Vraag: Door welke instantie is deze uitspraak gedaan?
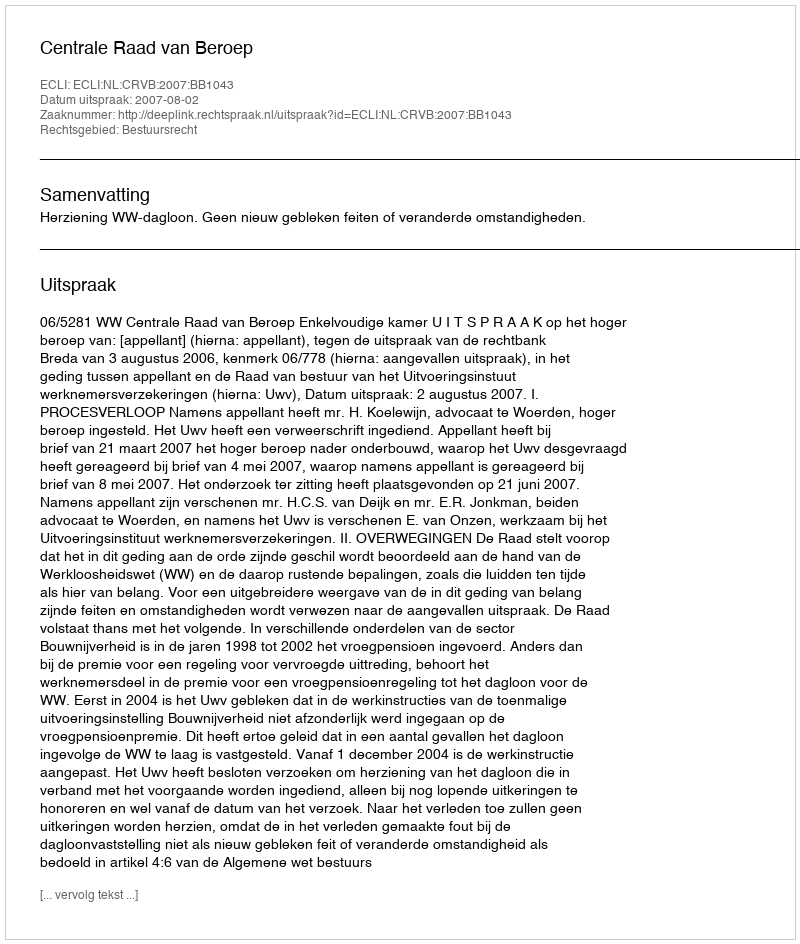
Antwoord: Centrale Raad van Beroep